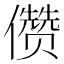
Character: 𰃆